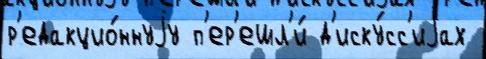
р'едакцио́ннуjу п'ер'ешл'и́ д'иску́сс'иjах